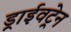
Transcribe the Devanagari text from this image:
ड्राईवट्रेन